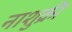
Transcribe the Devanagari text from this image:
नाशुक्री